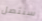
سنتصل